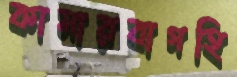
কামারবাগহি